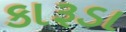
કારૂડા